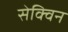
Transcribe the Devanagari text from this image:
सेक्विन